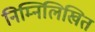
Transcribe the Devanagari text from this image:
निम्‍निलिखित